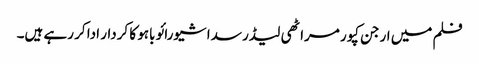
فلم میں ارجن کپور مراٹھی لیڈر سداشیورائو باہو کا کردار ادا کر رہے ہیں۔